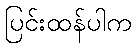
ပြင်းထန်ပါက